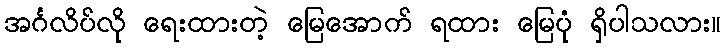
အင်္ဂလိပ်လို ရေးထားတဲ့ မြေအောက် ရထား မြေပုံ ရှိပါသလား။